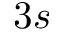
3 s